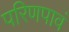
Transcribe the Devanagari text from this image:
परिणपावं